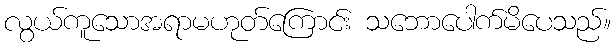
လွယ်ကူသောအရာမဟုတ်ကြောင်း သဘောပေါက်မိပေသည်။